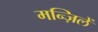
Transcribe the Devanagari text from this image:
मन्ज़िलें